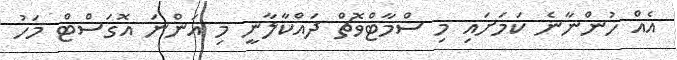
އެއް ހުންނާނެ ކަމަށައި މި ސްމާޓްވޮޗް ދައްކާލާނީ މި އަންނަ އޮގަސްޓް މަހު